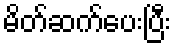
မိတ်ဆက်ပေးပြီး